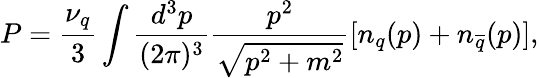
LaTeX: P=\frac{\nu_{q}}{3}\int\frac{d^{3}p}{(2\pi)^{3}}\frac{p^{2}}{\sqrt{p^{2}+m^{2}}}[n_{q}(p)+n_{\overline{{{q}}}}(p)],